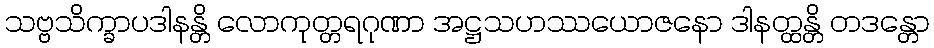
သဗ္ဗသိက္ခာပဒါနန္တိ လောကုတ္တရဂုဏာ အဋ္ဌသဟဿယောဇနော ဒါနတ္ထန္တိ တဒန္တော